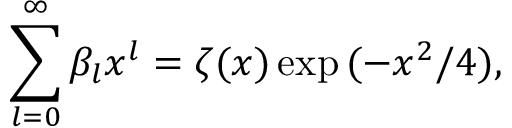
\sum _ { l = 0 } ^ { \infty } \beta _ { l } x ^ { l } = \zeta ( x ) \exp { ( - x ^ { 2 } / 4 ) } ,